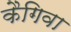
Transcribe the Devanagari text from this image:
कैगिवा